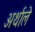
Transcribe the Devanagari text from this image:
अर्थाले